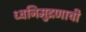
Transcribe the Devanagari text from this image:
ध्वनिमुद्रणाची